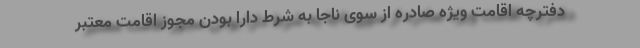
دفترچه اقامت ویژه صادره از سوی ناجا به شرط دارا بودن مجوز اقامت معتبر